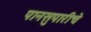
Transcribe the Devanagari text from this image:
पानसुपारीचे